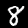
Label: 8